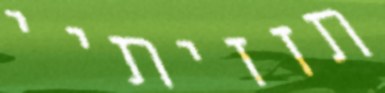
תזזיתיי